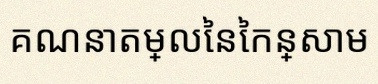
គណនាតម្លៃនៃកន្សោម